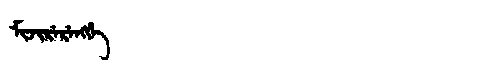
Manchu: ᠮᡳᠵᡳᡵᡝᡵᡝᠩᡤᡝ
Romanization: MIJIRERENGGE